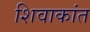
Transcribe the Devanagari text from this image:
शिवाकांत